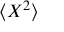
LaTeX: \langle X ^ { 2 } \rangle